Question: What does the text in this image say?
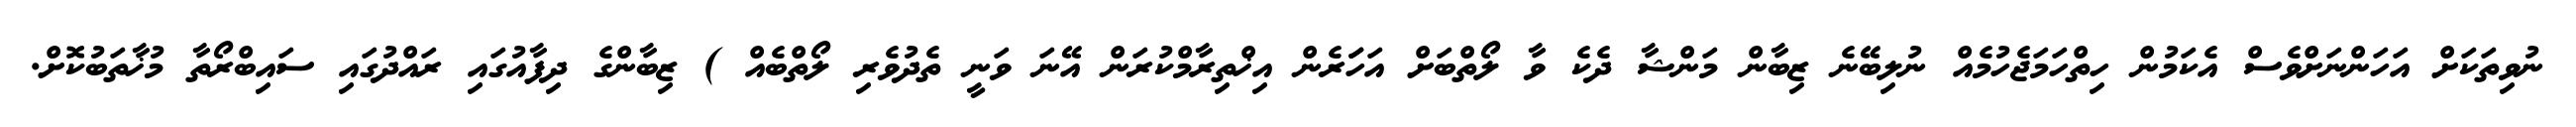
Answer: ނުވިތަކަށް އަހަންނަށްވެސް އެކަމުން ހިތްހަމަޖެހުމެއް ނުލިބޭނެ ޒިބާން މަންޝާ ދެކެ ވާ ލޯތްބަށް އަހަަރެން އިޚްތިރާމްކުރަން އޭނަ ވަނީ ތެދުވެރި ލޯތްބެއް ) ޒިބާންގެ ދިފާއުގައި ރައްދުގައި ސައިބްރޯތާ މުޚާތަބުކޮށް.